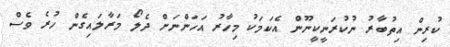
ކުރިން އިތުބާރު ނުކުރަނީކީނޫން އެކަމަކު މިހާރު އަހަންނަށް ދެލޯ މަރާލައިގެން ހުރެ ވެސް